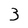
Character: 3